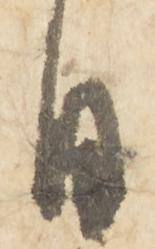
日